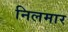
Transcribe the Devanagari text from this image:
निलमार